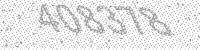
Solution: 408378